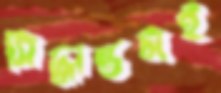
সিদ্ধান্তটাই